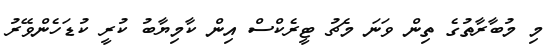
މި މުބާރާތުގެ ތިން ވަނަ މެޗު ޓީރެކްސް އިން ކާމިޔާބު ކުރީ ކުޑަހެންވޭރު